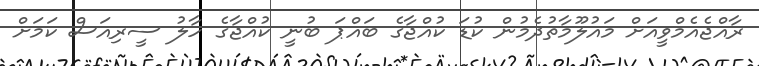
ރާއްޖެއެމްވީއަށް މައުލޫމާތުދެމުން ކުޑަ ކުއްޖާގެ ބައްޕަ ބުނީ ކުއްޖާގެ ހާލު ސީރިއަސް ކަމަށް